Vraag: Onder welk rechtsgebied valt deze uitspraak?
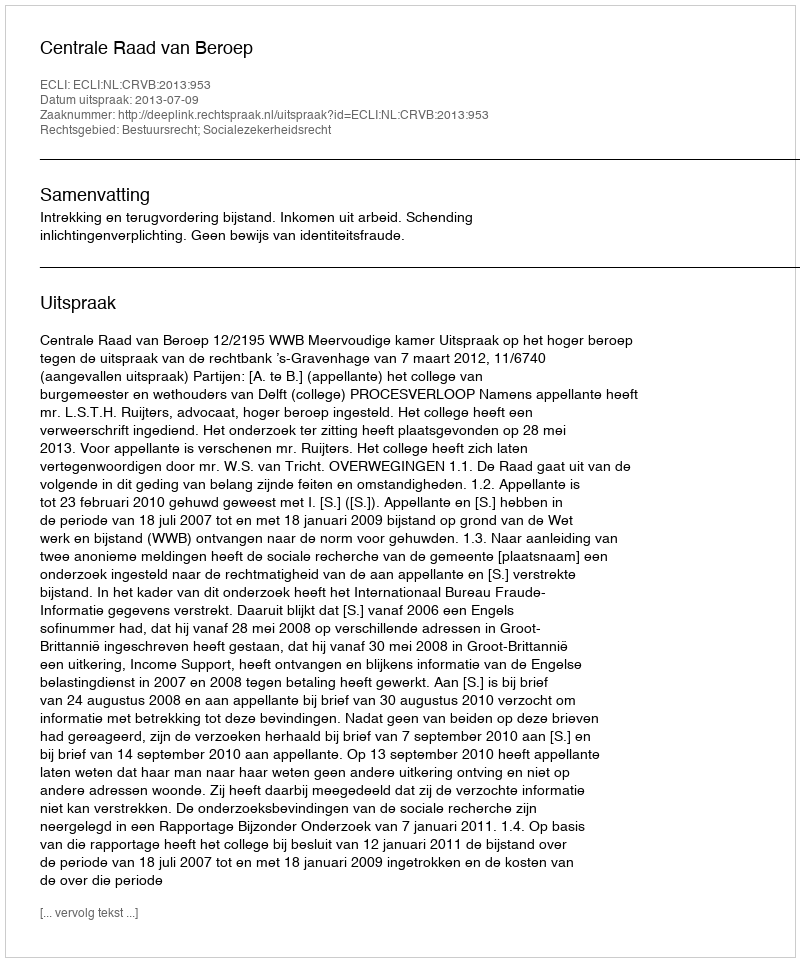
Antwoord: Bestuursrecht; Socialezekerheidsrecht